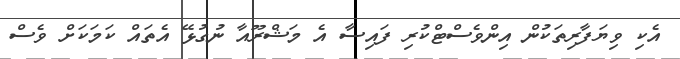
އެކި ވިޔަފާރިތަކުން އިންވެސްޓްކުރި ފައިސާ އެ މަޝްރޫއާ ނުގުޅޭ އެތައް ކަމަކަށް ވެސް